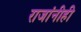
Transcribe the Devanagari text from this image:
राजांनीही